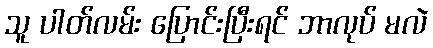
သူ ပါတ်လမ်း ပြောင်းပြီးရင် ဘာလုပ် မလဲ